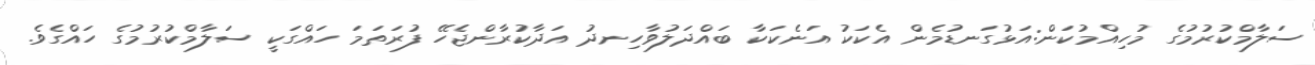
ސަލާމްކުރުމުގެ މުހިއްމުކަން:އަޅުގަނޑުމެން އެކަކު އަނެކަކާ ބައްދަލުވާހިނދު އަދާކުރާންޖެހޭ ފުރަތަމަ ހައްގަކީ ސަލާމްކުރުމުގެ ހައްގެވެ.